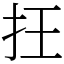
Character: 抂